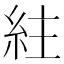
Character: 紸